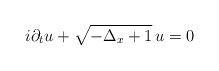
\begin{align*}i\partial_tu+\sqrt{-\Delta_x+1}\,u=0\end{align*}